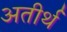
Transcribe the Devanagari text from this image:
अतीर्थ